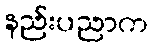
နည်းပညာက